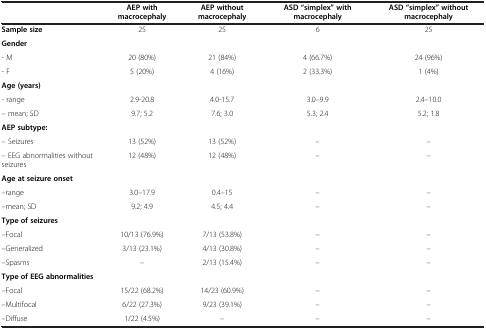
<table><thead><tr><td><b> </b></td><td><b>AEP with macrocephaly</b></td><td><b>AEP without macrocephaly</b></td><td><b>ASD “simplex” with macrocephaly</b></td><td><b>ASD “simplex” without macrocephaly</b></td></tr></thead><tbody><tr><td><b>Sample size</b></td><td>25</td><td>25</td><td>6</td><td>25</td></tr><tr><td><b>Gender</b></td><td> </td><td> </td><td> </td><td> </td></tr><tr><td>- M</td><td>20 (80%)</td><td>21 (84%)</td><td>4 (66.7%)</td><td>24 (96%)</td></tr><tr><td>- F</td><td>5 (20%)</td><td>4 (16%)</td><td>2 (33.3%)</td><td>1 (4%)</td></tr><tr><td><b>Age (years)</b></td><td> </td><td> </td><td> </td><td> </td></tr><tr><td>- range</td><td>2.9-20.8</td><td>4.0-15.7</td><td>3.0–9.9</td><td>2.4–10.0</td></tr><tr><td>– mean; SD</td><td>9.7; 5.2</td><td>7.6; 3.0</td><td>5.3; 2.4</td><td>5.2; 1.8</td></tr><tr><td><b>AEP subtype:</b></td><td> </td><td> </td><td> </td><td> </td></tr><tr><td>– Seizures</td><td>13 (52%)</td><td>13 (52%)</td><td>–</td><td>–</td></tr><tr><td>– EEG abnormalities without seizures</td><td>12 (48%)</td><td>12 (48%)</td><td>–</td><td>–</td></tr><tr><td><b>Age at seizure onset</b></td><td> </td><td> </td><td> </td><td> </td></tr><tr><td>–range</td><td>3.0–17.9</td><td>0.4–15</td><td>–</td><td>–</td></tr><tr><td>–mean; SD</td><td>9.2; 4.9</td><td>4.5; 4.4</td><td>–</td><td>–</td></tr><tr><td><b>Type of seizures</b></td><td> </td><td> </td><td> </td><td> </td></tr><tr><td>–Focal</td><td>10/13 (76.9%)</td><td>7/13 (53.8%)</td><td>–</td><td>–</td></tr><tr><td>–Generalized</td><td>3/13 (23.1%)</td><td>4/13 (30.8%)</td><td>–</td><td>–</td></tr><tr><td>–Spasms</td><td>–</td><td>2/13 (15.4%)</td><td>–</td><td>–</td></tr><tr><td><b>Type of EEG abnormalities</b></td><td> </td><td> </td><td> </td><td> </td></tr><tr><td>–Focal</td><td>15/22 (68.2%)</td><td>14/23 (60.9%)</td><td>–</td><td>–</td></tr><tr><td>–Multifocal</td><td>6/22 (27.3%)</td><td>9/23 (39.1%)</td><td>–</td><td>–</td></tr><tr><td>–Diffuse</td><td>1/22 (4.5%)</td><td>–</td><td>–</td><td>–</td></tr></tbody></table>